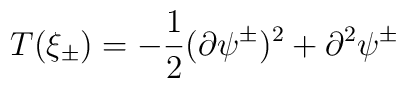
T(\xi_{\pm}) = -\frac{1}{2}(\partial\psi^{\pm})^{2} +\partial^{2}\psi^{\pm}